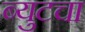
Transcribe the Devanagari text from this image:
ब्युटचा